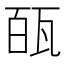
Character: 㼣